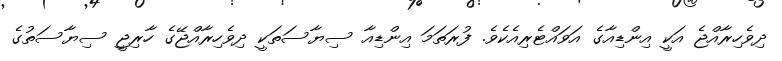
ދިވެހިރާއްޖެ އަކީ އިންޑިއާގެ އަވައްޓެރިއެކެވެ. ފުރަތަމަ އިންޑިއާ ސިޔާސަތަކީ ދިވެހިރާއްޖޭގެ ހާރިޖީ ސިޔާސަތުގެ